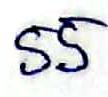
55